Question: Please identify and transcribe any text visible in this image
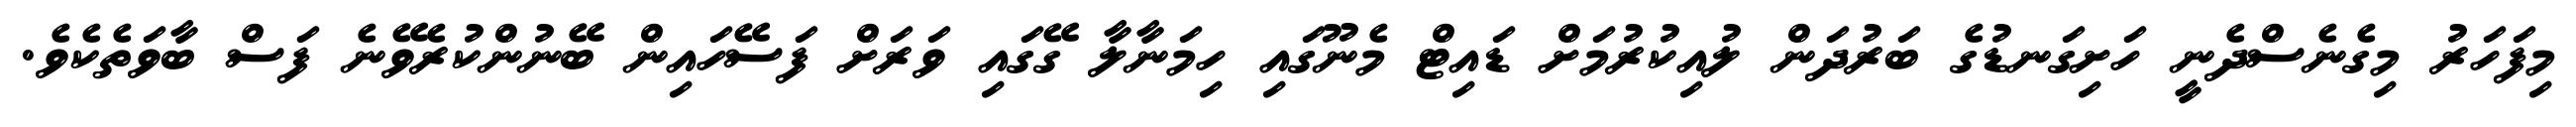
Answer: މިފަހަރު މިގެނެސްދެނީ ހަށިގަނޑުގެ ބަރުދަން ލުއިކުރުމަށް ޑައިޓް މެނޫގައި ހިމަނާލާ ގޭގައި ވަރަށް ފަސޭހައިން ބޭނުންކުރެވޭނެ ފަސް ބާވަތެކެވެ.